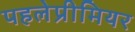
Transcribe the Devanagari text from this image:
पहलेप्रीमियर